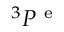
^ 3 P ^ { \mathrm { ~ e ~ } }